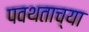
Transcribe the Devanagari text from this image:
पवथताच्या